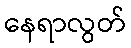
နေရာလွတ်